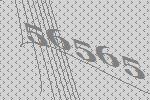
56565